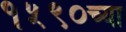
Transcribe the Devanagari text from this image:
१५९०च्या